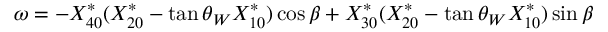
\omega = - X _ { 4 0 } ^ { * } ( X _ { 2 0 } ^ { * } - \tan \theta _ { W } X _ { 1 0 } ^ { * } ) \cos \beta + X _ { 3 0 } ^ { * } ( X _ { 2 0 } ^ { * } - \tan \theta _ { W } X _ { 1 0 } ^ { * } ) \sin \beta